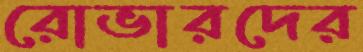
রোভারদের